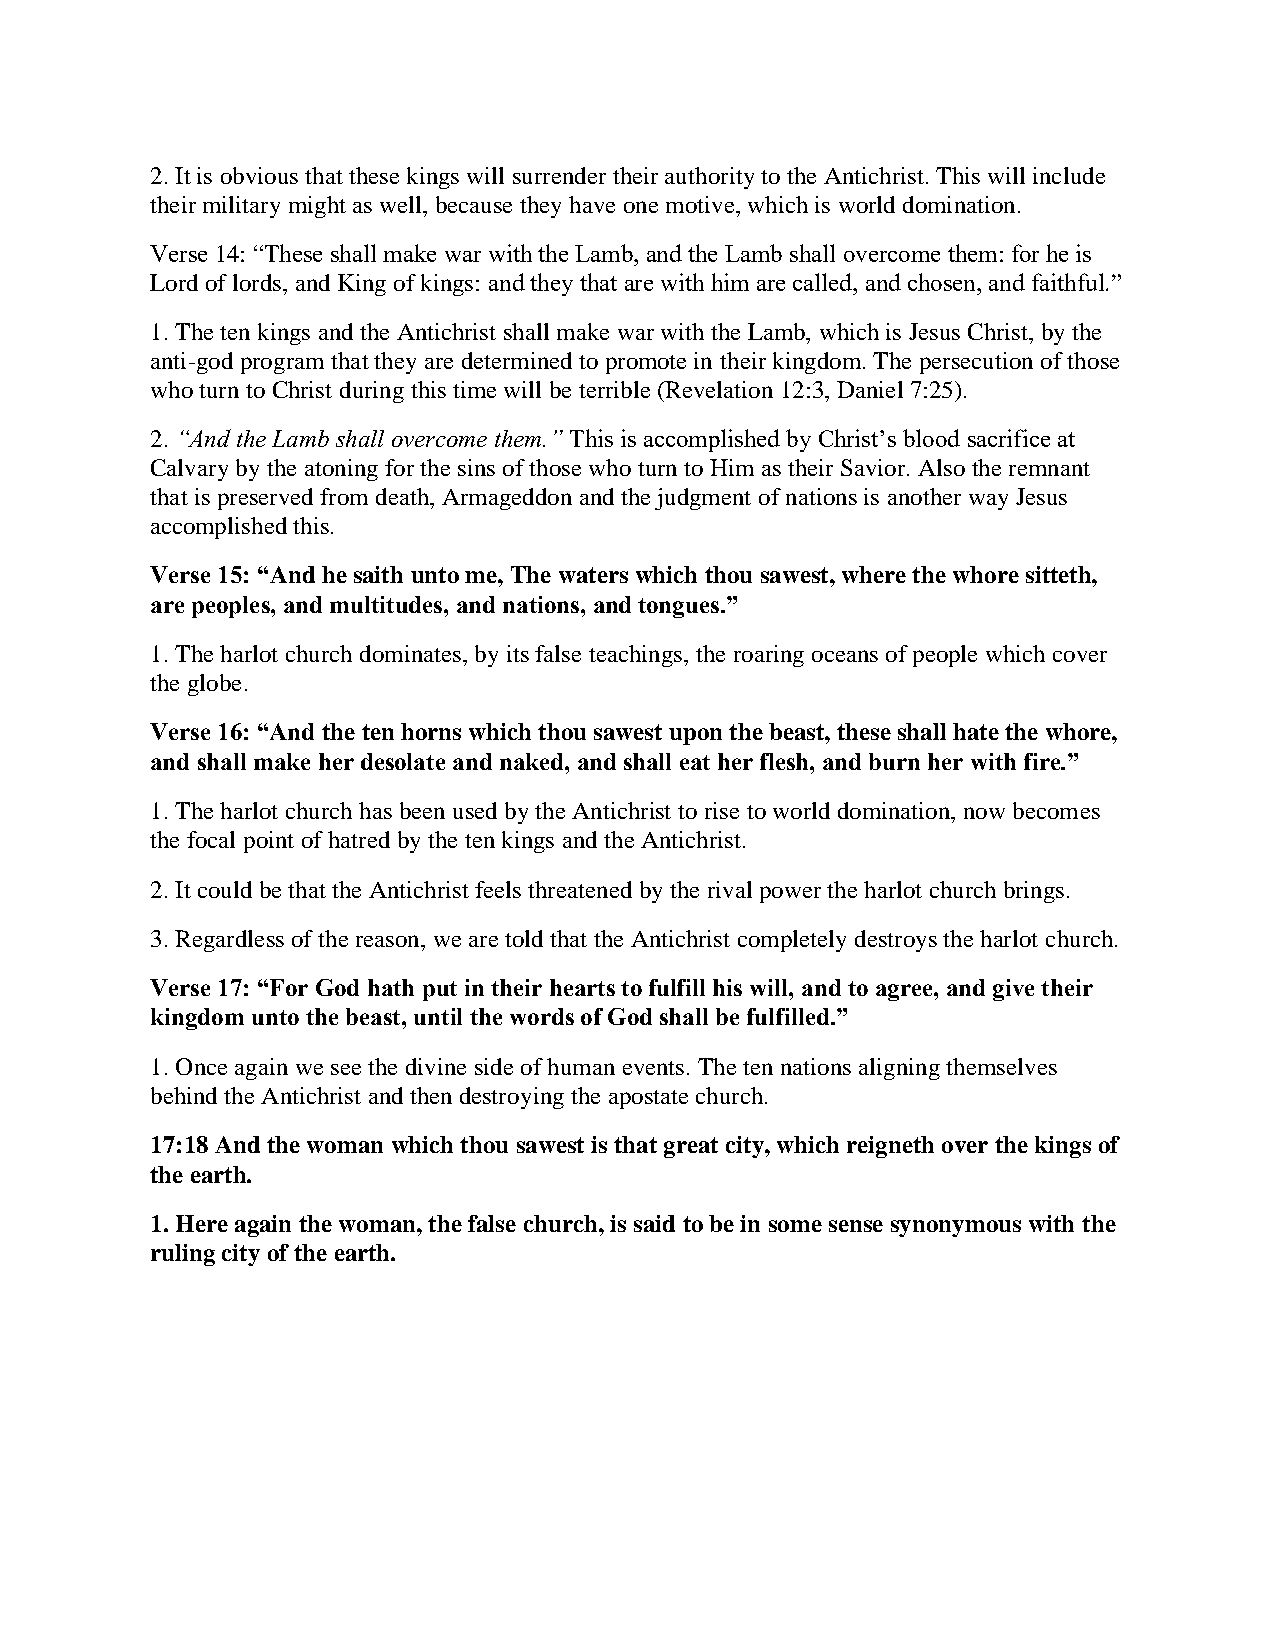
2. It is obvious that these kings will surrender their authority to the Antichrist. This will include
 their military might as well, because they have one motive, which is world domination.
 Verse 14: “These shall make war with the Lamb, and the Lamb shall overcome them: for he is
 Lord of lords, and King of kings: and they that are with him are called, and chosen, and faithful.”
 1. The ten kings and the Antichrist shall make war with the Lamb, which is Jesus Christ, by the
 anti-god program that they are determined to promote in their kingdom. The persecution of those
 who turn to Christ during this time will be terrible (Revelation 12:3, Daniel 7:25).
 2. “And the Lamb shall overcome them.” This is accomplished by Christ’s blood sacrifice at
 Calvary by the atoning for the sins of those who turn to Him as their Savior. Also the remnant
 that is preserved from death, Armageddon and the judgment of nations is another way Jesus
 accomplished this.
 Verse 15: “And he saith unto me, The waters which thou sawest, where the whore sitteth,
 are peoples, and multitudes, and nations, and tongues.”
 1. The harlot church dominates, by its false teachings, the roaring oceans of people which cover
 the globe.
 Verse 16: “And the ten horns which thou sawest upon the beast, these shall hate the whore,
 and shall make her desolate and naked, and shall eat her flesh, and burn her with fire.”
 1. The harlot church has been used by the Antichrist to rise to world domination, now becomes
 the focal point of hatred by the ten kings and the Antichrist.
 2. It could be that the Antichrist feels threatened by the rival power the harlot church brings.
 3. Regardless of the reason, we are told that the Antichrist completely destroys the harlot church.
 Verse 17: “For God hath put in their hearts to fulfill his will, and to agree, and give their
 kingdom unto the beast, until the words of God shall be fulfilled.”
 1. Once again we see the divine side of human events. The ten nations aligning themselves
 behind the Antichrist and then destroying the apostate church.
 17:18 And the woman which thou sawest is that great city, which reigneth over the kings of
 the earth.
 1. Here again the woman, the false church, is said to be in some sense synonymous with the
 ruling city of the earth.